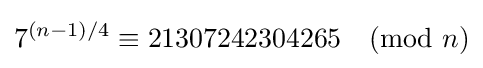
7^{(n-1)/4}\equiv 21307242304265{\pmod {n}}